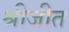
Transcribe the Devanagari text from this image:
श्रीजीत